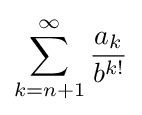
\sum _{k=n+1}^{\infty }{\frac {a_{k}}{b^{k!}}}